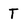
Character: T